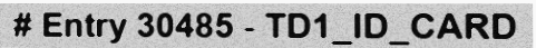
# Entry 30485 - TD1_ID_CARD